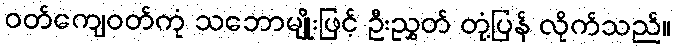
ဝတ်ကျေဝတ်ကုံ သဘောမျိုးဖြင့် ဦးညွှတ် တုံ့ပြန် လိုက်သည်။